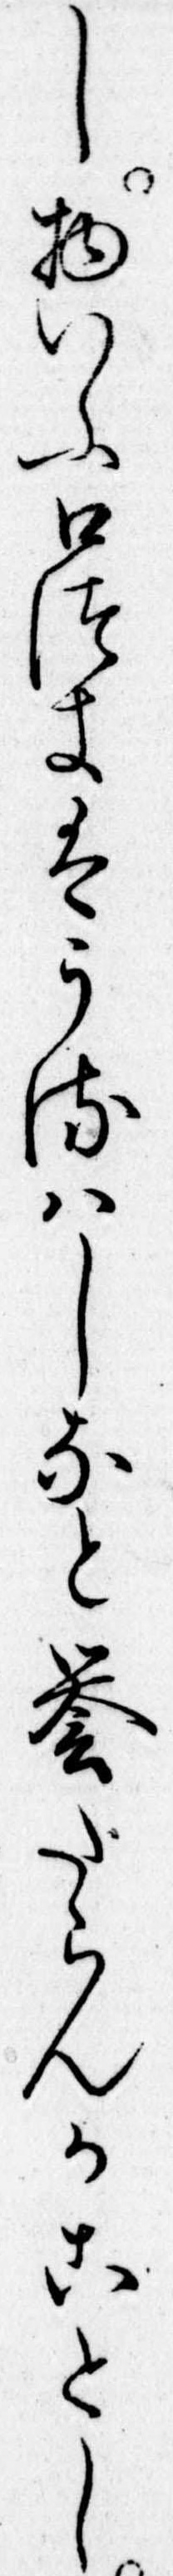
し物いふ口つきはうるはしなと誉たらんかことし